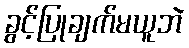
ခွင့်ပြုချက်မယူဘဲ